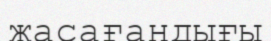
жасағандығы